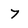
Character: 7